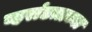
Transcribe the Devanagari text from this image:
व्हरांडय़ाच्या